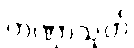
တဏှာသုတ်